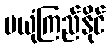
မယုံကြည်နိုင်